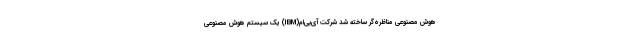
هوش مصنوعی مناظره‌گر ساخته شد شرکت آی‌بی‌ام(IBM) یک سیستم هوش مصنوعی